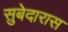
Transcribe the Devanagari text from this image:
सुबेदारास